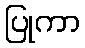
ပြုကာ